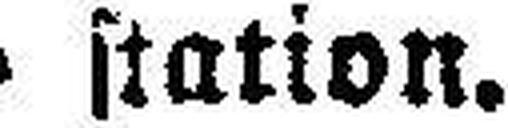
station.